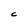
Character: C